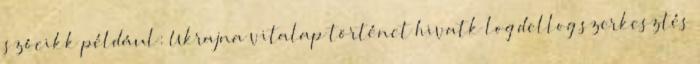
szócikk például: Ukrajna vitalap történet hivatk log dellog szerkesztés